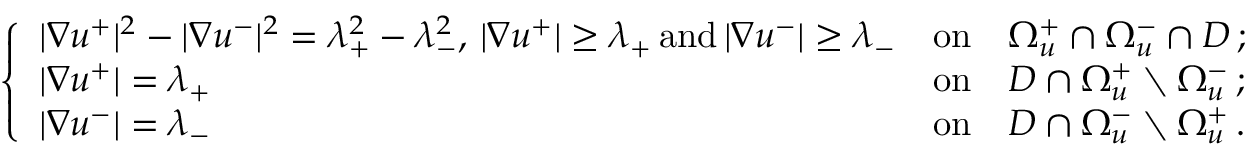
\left\{ \begin{array} { l l } { | \nabla u ^ { + } | ^ { 2 } - | \nabla u ^ { - } | ^ { 2 } = \lambda _ { + } ^ { 2 } - \lambda _ { - } ^ { 2 } , \, | \nabla u ^ { + } | \ge \lambda _ { + } \, \mathrm { a n d } \, | \nabla u ^ { - } | \ge \lambda _ { - } } & { \mathrm { o n } \quad \Omega _ { u } ^ { + } \cap \Omega _ { u } ^ { - } \cap D \, ; } \\ { | \nabla u ^ { + } | = \lambda _ { + } } & { \mathrm { o n } \quad D \cap \Omega _ { u } ^ { + } \setminus \Omega _ { u } ^ { - } \, ; } \\ { | \nabla u ^ { - } | = \lambda _ { - } } & { \mathrm { o n } \quad D \cap \Omega _ { u } ^ { - } \setminus \Omega _ { u } ^ { + } \, . } \end{array} \right.